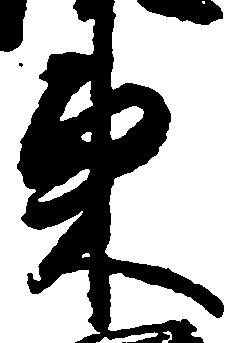
東